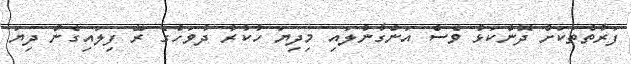
ފަރާތްތަކަށް ދޮންކަޅު ވެސް އަންގާނުލައި މިދިޔަ ހުކުރު ދުވަހުގެ ރޭ ފިލައިގެން ދިޔަ